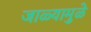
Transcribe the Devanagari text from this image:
जाळ्यामुळे